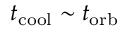
t _ { \mathrm { c o o l } } \sim t _ { \mathrm { o r b } }